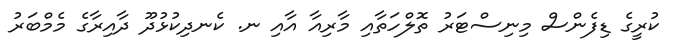
ކުރީގެ ޑިފެންސް މިނިސްޓަރު ތޮލްހަތާއި މާރިއާ އާއި ނ. ކެނދިކުޅުދޫ ދާއިރާގެ މެމްބަރު